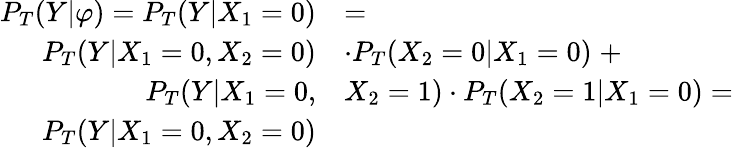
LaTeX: \begin{array}{rl}{P_{T}(Y|\varphi)=P_{T}(Y|X_{1}=0)}&{=}\\ {P_{T}(Y|X_{1}=0,X_{2}=0)}&{\cdot P_{T}(X_{2}=0|X_{1}=0)\; +}\\ {P_{T}(Y|X_{1}=0,}&{X_{2}=1)\cdot P_{T}(X_{2}=1|X_{1}=0)=}\\ {P_{T}(Y|X_{1}=0,X_{2}=0)}&{}\end{array}